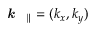
\emph { \textbf { k } } _ { \parallel } = ( k _ { x } , k _ { y } )